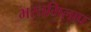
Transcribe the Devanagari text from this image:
भरतमिलाप